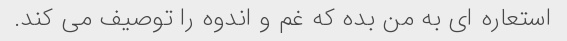
استعاره ای به من بده که غم و اندوه را توصیف می کند.